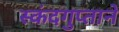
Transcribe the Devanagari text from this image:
स्कंदगुप्ताने